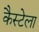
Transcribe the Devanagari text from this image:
कैस्टेला